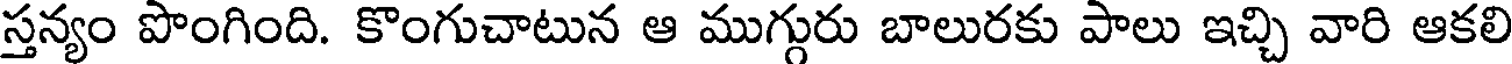
స్తన్యం పొంగింది. కొంగుచాటున ఆ ముగ్గురు బాలురకు పాలు ఇచ్చి వారి ఆకలి